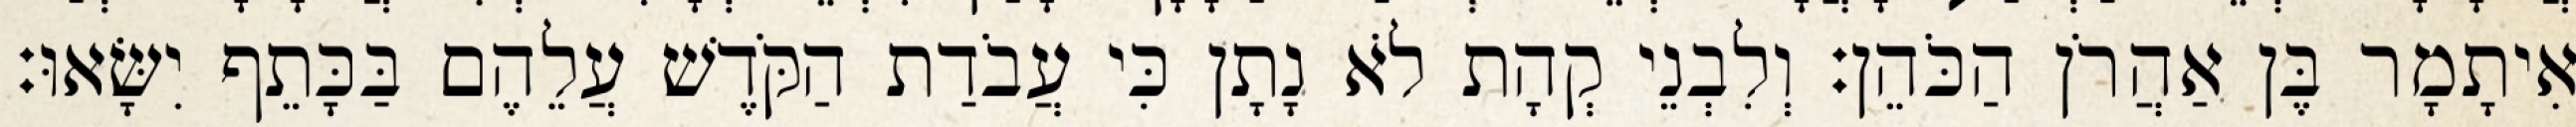
אִיתָמָר בֶּן אַהֲרֹן הַכֹּהֵן׃ וְלִבְנֵי קְהָת לֹא נָתָן כִּי עֲבֹדַת הַקֹּדֶשׁ עֲלֵהֶם בַּכָּתֵף יִשָּׂאוּ׃